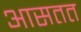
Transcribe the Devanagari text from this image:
आसतत